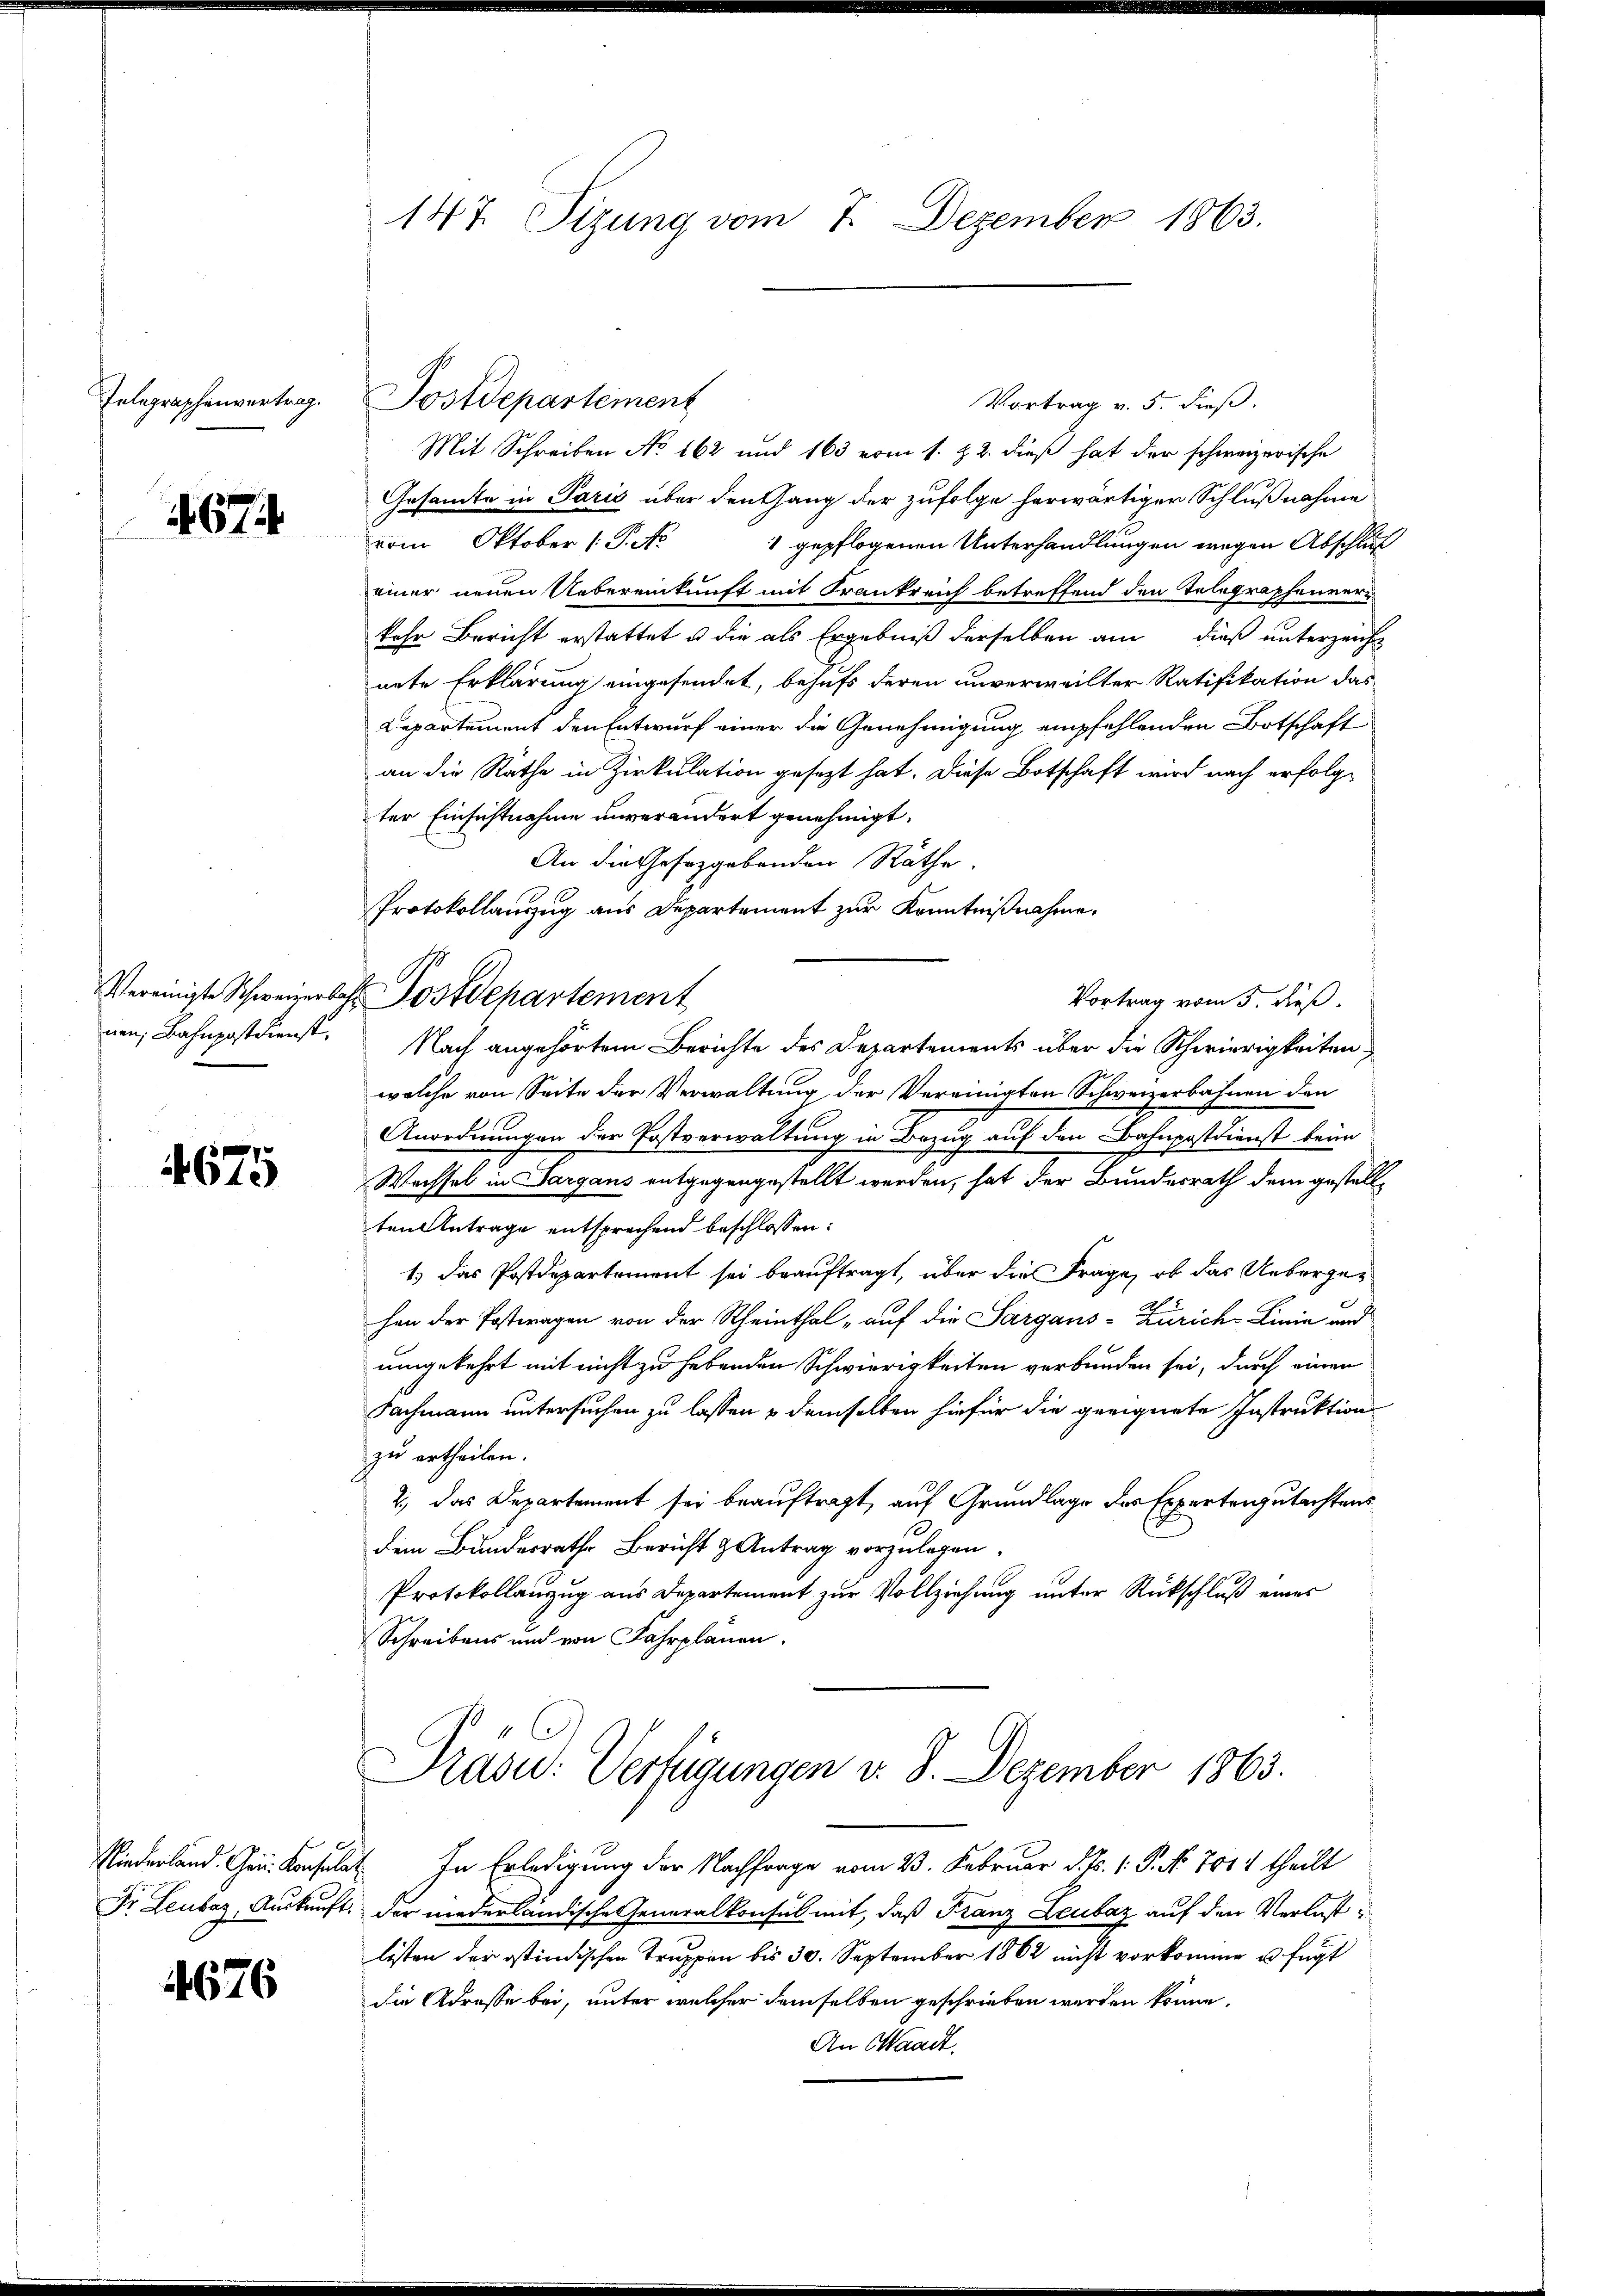
Telegraphenvertrag.

674

Vereinigte Schweizerbar
nen, Bahnpostdienst.

4675

Niederland. Chrn. Konsula
Dr. Leuber, Auskunft.

4676

147. Sizung vom 7. Dezember 1863.

Postdepartement
Vortrag v. 5. dieß.
Mit Schreiben No 162 und 163 vom 1. 22. dieß hat der schweizerische
Gesamte in Paris über den Gang der zufolge herwärtiger Schlußnahme
vom Oktober 1 Pk
1 gepflogenen Unterhandlungen wegen Abschluß
einer neuen Uebereinkunft mit Frankreich betreffend den Telegraphennern
kehr Bericht erstattet u die als Ergebniß derselben am dieß unterzeicht
nete Erklärung eingesendet, behufs deren unverweilter Ratifikation das
Departement den Entwurf einer die Genehmigung empfehlenden Botschaft
an die Räthe in Zirkulation gesezt hat. Diese Botschaft wird nach erfolgter Einsichtnahme unverändert genehmigt.
An die Gesetzgebenden Räthe.
Protokollauszug aus Departement zur Kenntnißnahme.
Postdepartement
Vortrag vom 5. dieß.
Nach angehörtem Berichte des Departements über die Schwierigkeiten,
welche von Seite der Verwaltung der Vereinigten Schweizerbahnen den
Anordnungen der Postverwaltung in Bezug auf den Bahnpostdienst beim
Wechsel in Sargans entgegengestellt werden, hat der Bundesrath dem gestellten Antrage entsprechend beschlossen:
1.) Das Postdepartement sei beauftragt, über die Frage, ob das Uebergehen der Postwagen von der Rheinthal auf die Sargans-Zürich-Linie und
umgekehrt mit nicht zu habenden Schwierigkeiten verbunden sei, durch einen
Fachmann untersuchen zu lassen & demselben hiefür die geeignete Instruktion
zu ertheilen.
2., das Departement sei beauftragt, auf Grundlage des Expertengutachtens
dem Bundesrathe Bericht & Antrag vorzulegen.
Protokollauzug aus Departement zur Vollziehung unter Rückschluß eines
Schreibens und von Fahrplanen.

Kasu: Verfügungen v. 8. Dezember 1863.

In Erledigung der Nachfrage vom 23. Februar d. Js. 1. P. No. 7014 theilt
der niederländische Generalkonsul mit, daß Franz Leubaz auf den Verlustlisten der ostindischen Truppen bis 30. September 1862 nicht vorkomme u. fügt
die Adresse bei, unter welcher demselben geschrieben werden könne.
An Waadt.